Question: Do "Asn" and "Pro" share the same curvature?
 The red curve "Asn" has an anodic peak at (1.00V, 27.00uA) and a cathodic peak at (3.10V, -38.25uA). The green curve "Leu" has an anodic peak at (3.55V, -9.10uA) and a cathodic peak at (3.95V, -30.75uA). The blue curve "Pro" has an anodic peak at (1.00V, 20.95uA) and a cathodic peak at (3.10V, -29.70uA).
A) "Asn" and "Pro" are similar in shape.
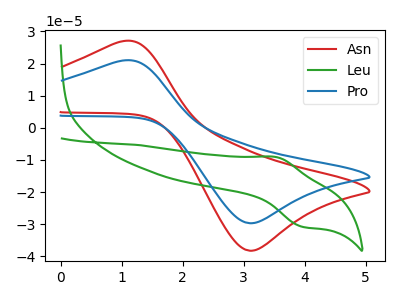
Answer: <think>All the peaks in "Asn" have a peak in "Pro" at the same potential. Every peak in "Asn" is higher than every peak in "Pro".
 </think>
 <answer>A) "Asn" and "Pro" are similar in shape.</answer>
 <eval>A</eval>